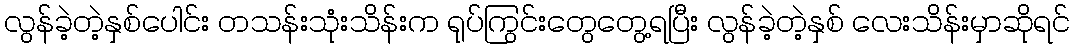
လွန်ခဲ့တဲ့နှစ်ပေါင်း တသန်းသုံးသိန်းက ရုပ်ကြွင်းတွေတွေ့ရပြီး လွန်ခဲ့တဲ့နှစ် လေးသိန်းမှာဆိုရင်